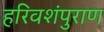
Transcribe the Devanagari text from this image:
हरिवशंपुराण